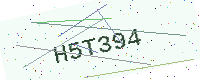
Text: H5T394